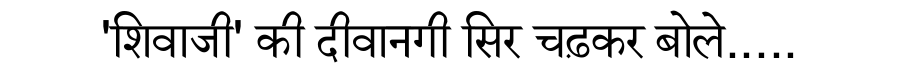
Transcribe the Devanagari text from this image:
'शिवाजी' की दीवानगी सिर चढ़कर बोले.....